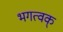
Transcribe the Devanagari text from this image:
भगत्वक्